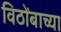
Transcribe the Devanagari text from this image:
विठोंबाच्या